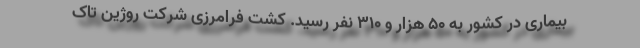
بیماری در کشور به ۵۰ هزار و ۳۱۰ نفر رسید. کشت فرامرزی شرکت روژین تاک